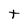
Character: t